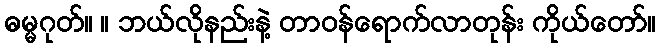
ဓမ္မဂုတ်။ ။ ဘယ်လိုနည်းနဲ့ တာဝန်ရောက်လာတုန်း ကိုယ်တော်။